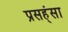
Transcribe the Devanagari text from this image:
प्रसह्ंसा